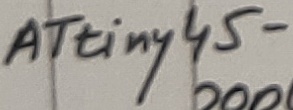
Text: ATtiny45-